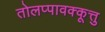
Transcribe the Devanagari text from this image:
तोलप्पावक्कूत्तु